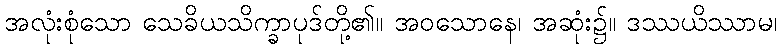
အလုံးစုံသော သေခိယသိက္ခာပုဒ်တို့၏။ အဝသောနေ၊ အဆုံး၌။ ဒဿယိဿာမ၊